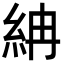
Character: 𥿛